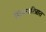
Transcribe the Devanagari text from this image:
शिवचरित्रात